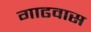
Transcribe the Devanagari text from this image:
गाढवास